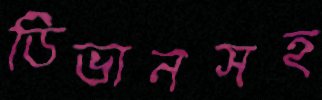
ডিভানসহ